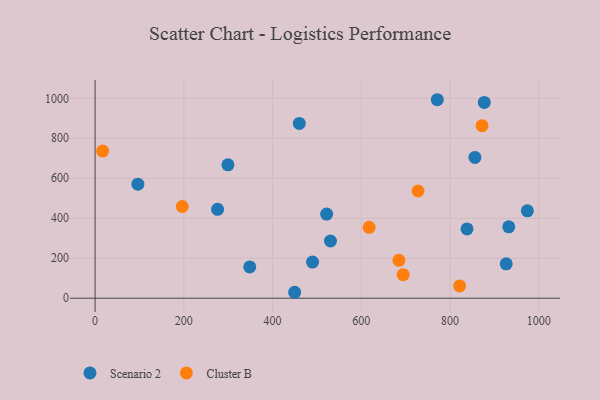
{"axis": {"x": "Price", "y": "Demand"}, "legend": ["Cluster B", "Scenario 2"], "data": [{"x": "348.5", "y": 156.4, "type": "Scenario 2"}, {"x": "490.0", "y": 180.6, "type": "Scenario 2"}, {"x": "299.3", "y": 667.2, "type": "Scenario 2"}, {"x": "771.1", "y": 992.9, "type": "Scenario 2"}, {"x": "932.2", "y": 357.3, "type": "Scenario 2"}, {"x": "926.4", "y": 172.0, "type": "Scenario 2"}, {"x": "449.7", "y": 29.7, "type": "Scenario 2"}, {"x": "276.0", "y": 444.8, "type": "Scenario 2"}, {"x": "855.9", "y": 704.4, "type": "Scenario 2"}, {"x": "838.1", "y": 346.6, "type": "Scenario 2"}, {"x": "877.0", "y": 979.6, "type": "Scenario 2"}, {"x": "460.2", "y": 874.2, "type": "Scenario 2"}, {"x": "530.4", "y": 286.2, "type": "Scenario 2"}, {"x": "521.8", "y": 421.1, "type": "Scenario 2"}, {"x": "974.1", "y": 437.1, "type": "Scenario 2"}, {"x": "96.4", "y": 570.3, "type": "Scenario 2"}, {"x": "684.6", "y": 189.7, "type": "Cluster B"}, {"x": "821.5", "y": 61.3, "type": "Cluster B"}, {"x": "196.4", "y": 458.9, "type": "Cluster B"}, {"x": "694.2", "y": 117.5, "type": "Cluster B"}, {"x": "17.0", "y": 736.2, "type": "Cluster B"}, {"x": "617.5", "y": 354.8, "type": "Cluster B"}, {"x": "872.0", "y": 863.2, "type": "Cluster B"}, {"x": "727.8", "y": 536.3, "type": "Cluster B"}]}